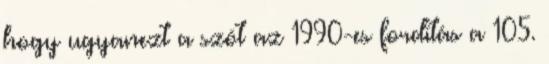
hogy ugyanezt a szót az 1990-es fordítás a 105.